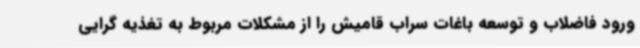
ورود فاضلاب و توسعه باغات سراب قامیش را از مشکلات مربوط به تغذیه گرایی